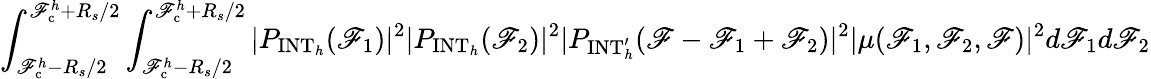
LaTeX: \int_{\mathscr{F}_{\mathrm{{c}}}^{h}-R_{s}/2}^{\mathscr{F}_{\mathrm{{c}}}^{h}+R_{s}/2}\int_{\mathscr{F}_{\mathrm{{c}}}^{h}-R_{s}/2}^{\mathscr{F}_{\mathrm{{c}}}^{h}+R_{s}/2}|P_{\mathrm{{INT}}_{h}}(\mathscr{F}_{1})|^{2}|P_{\mathrm{{INT}}_{h}}(\mathscr{F}_{2})|^{2}|P_{\mathrm{{INT}}_{h}^{\prime}}(\mathscr{F}-\mathscr{F}_{1}+\mathscr{F}_{2})|^{2}|\mu(\mathscr{F}_{1},\mathscr{F}_{2},\mathscr{F})|^{2}d\mathscr{F}_{1}d\mathscr{F}_{2}